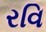
રવિ